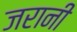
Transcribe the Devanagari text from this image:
जरानी